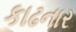
કાઢનાર